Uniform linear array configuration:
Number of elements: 64
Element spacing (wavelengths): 0.5
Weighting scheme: hann
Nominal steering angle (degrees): -15
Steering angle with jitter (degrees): -15.737
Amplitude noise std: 0.05
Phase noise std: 0.05

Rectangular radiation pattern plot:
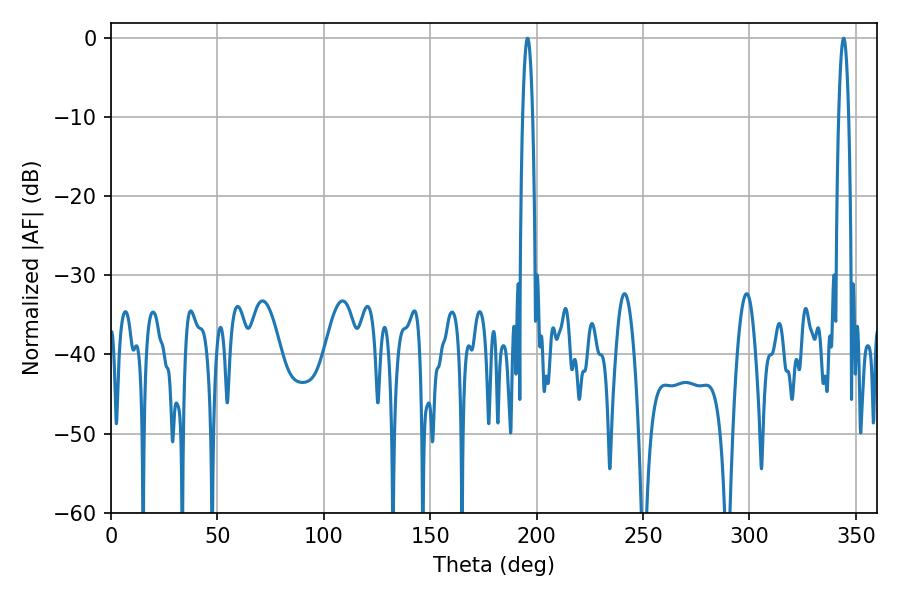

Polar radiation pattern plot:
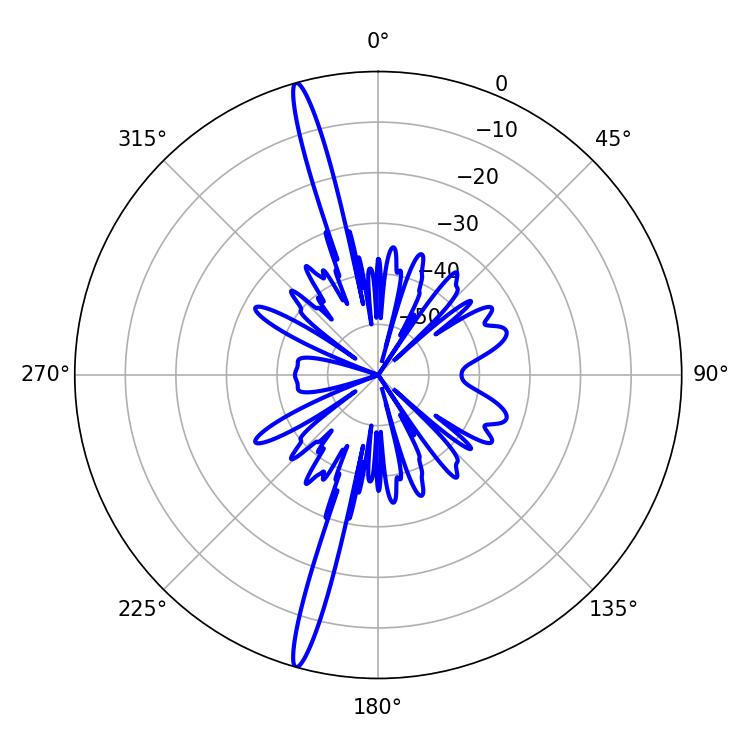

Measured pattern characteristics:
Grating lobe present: FALSE
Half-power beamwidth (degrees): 2.7
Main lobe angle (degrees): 195.66